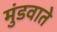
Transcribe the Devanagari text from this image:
मुंडवाते